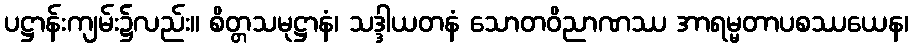
ပဋ္ဌာန်းကျမ်း၌လည်း။ စိတ္တသမုဋ္ဌာနံ၊ သဒ္ဒါယတနံ သောတဝိညာဏဿ အာရမ္မတာပစဿယေန၊